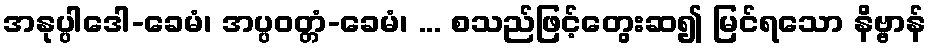
အနုပ္ပါဒေါ-ခေမံ၊ အပ္ပဝတ္တံ-ခေမံ၊ ... စသည်ဖြင့်တွေးဆ၍ မြင်ရသော နိဗ္ဗာန်